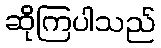
ဆိုကြပါသည်